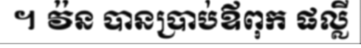
។ វ៉ន បានប្រាប់ឪពុក ផល្លី